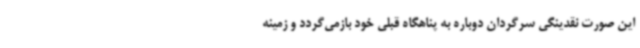
این صورت نقدینگی سرگردان دوباره به پناهگاه قبلی خود بازمی‌گردد و زمینه